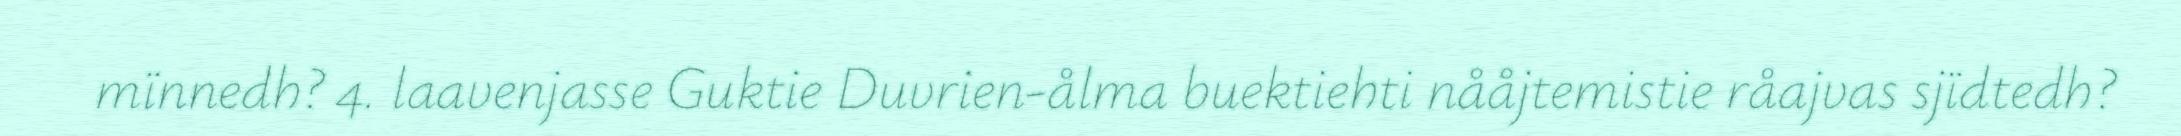
mïnnedh? 4. laavenjasse Guktie Duvrien-ålma buektiehti nååjtemistie råajvas sjïdtedh?